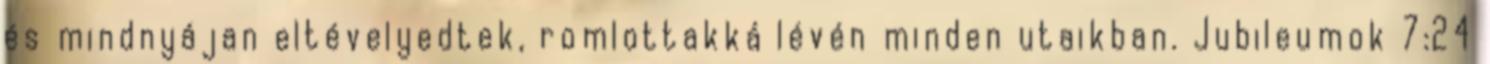
és mindnyájan eltévelyedtek, romlottakká lévén minden utaikban. Jubileumok 7:24